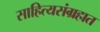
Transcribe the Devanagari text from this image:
साहित्यसंग्रहात